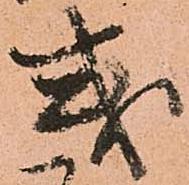
或